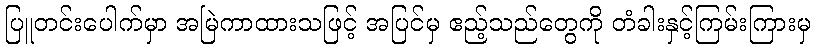
ပြူတင်းပေါက်မှာ အမြဲကာထားသဖြင့် အပြင်မှ ဧည့်သည်တွေကို တံခါးနှင့်ကြမ်းကြားမှ